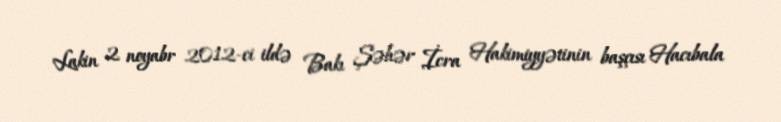
Lakin 2 noyabr 2012-ci ildə Bakı Şəhər İcra Hakimiyyətinin başçısı Hacıbala